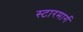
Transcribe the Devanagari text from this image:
स्टारमार्ग